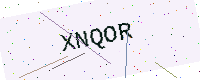
Text: XNQOR